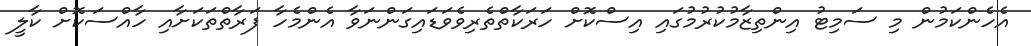
އެހެންކަމުން މި ސަމިޓު އިންތިޒާމުކުރުމުގައި އިސްކޮށް ހަރަކާތްތެރިވެވަޑައިގަންނަވާ އެންމެހާ ފަރާތްތަކަށާއި ހާއްސަކޮށް ކާލީ